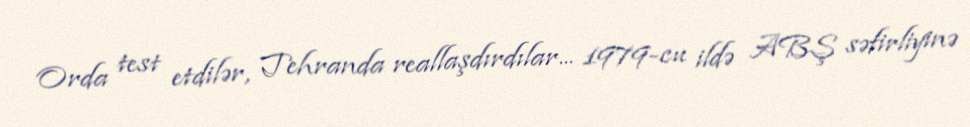
Orda test etdilər, Tehranda reallaşdırdılar... 1979-cu ildə ABŞ səfirliyinə